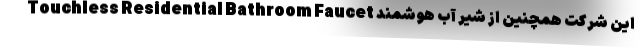
این شرکت همچنین از شیر آب هوشمند Touchless Residential Bathroom Faucet